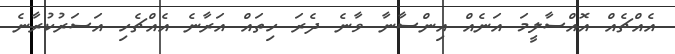
އެއްޗެއް އޮއްސާލީމަ އަނެއް އިންސާނާ ވާނެ ދެރަ ހިތައް އަރާނެ އެއްޗެހި އަސަރުކުރާނެ